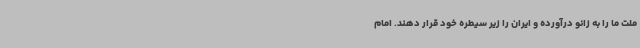
ملت ما را به زانو درآورده و ایران را زیر سیطره خود قرار دهند. امام